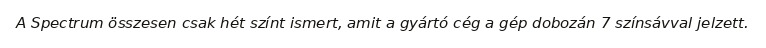
A Spectrum összesen csak hét színt ismert, amit a gyártó cég a gép dobozán 7 színsávval jelzett.